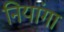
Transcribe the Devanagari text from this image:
नियांगा